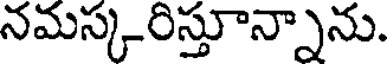
నమస్కరిస్తూన్నాను.